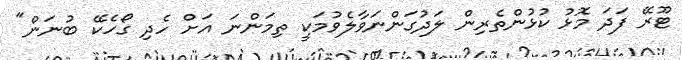
ޓޫރޭ ފަދަ މޮޅު ކުޅުންތެރިން ލަދުގަންނަވާލެވުމަކީ ތިމަންނަ އަށް ހެދި ގޯހެކޭ ބުނަން"